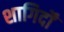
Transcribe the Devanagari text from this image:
शागिर्दों